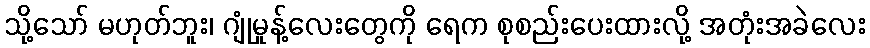
သို့သော် မဟုတ်ဘူး၊ ဂျုံမှုန့်လေးတွေကို ရေက စုစည်းပေးထားလို့ အတုံးအခဲလေး